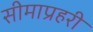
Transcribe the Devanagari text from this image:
सीमाप्रहरी